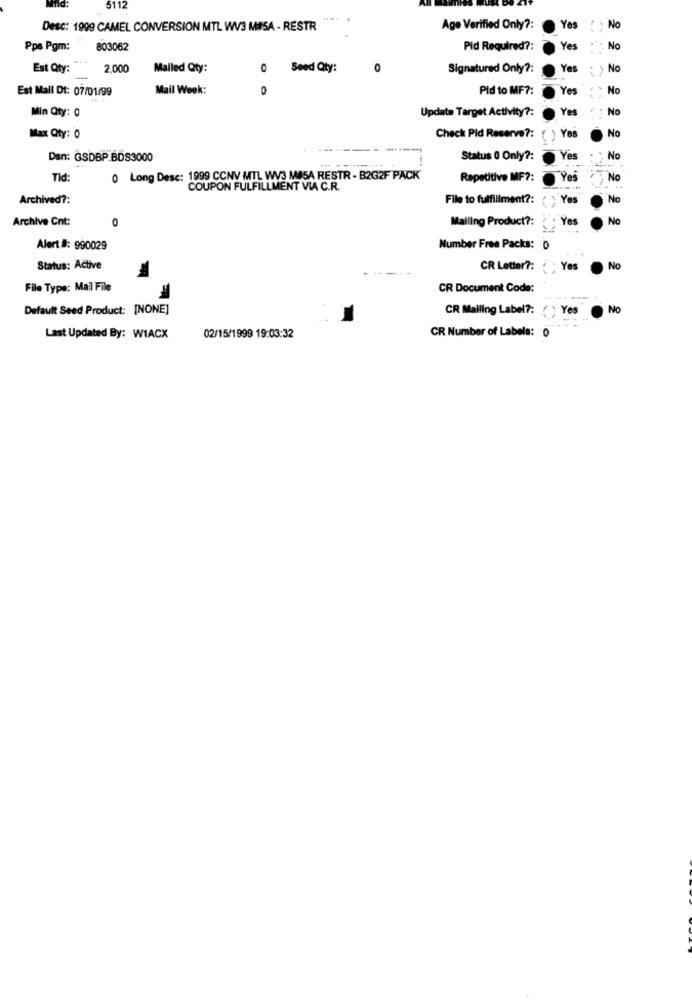
5112
Desc: 1999 CAMEL CONVERSION MTL WV3 MISA - RESTR
Age Verified Only ?:
Yes
No
Pps Pgm:
803062
Pid Required ?:
Yes
No
Est Qty:
2.000
Malled Qty:
0
Seed Qty:
0
Signatured Only ?:
Yes
No
-
Est Mall Dt: 07/01/99
Mail Week:
0
Pid to MF ?:
Yes
No
Min Qty: 0
Update Target Activity ?:
No
No
Max Qty: 0
Check Pid Reserve ?: ( ) Yes
Den: GSDBP BDS3000
Status Q Only ?:
Yes
No
Tid:
0 Long Desc: 1999 CCNV MTL WV3 M85A RESTR - B2G2F PACK
Repetitive MF ?:
No
COUPON FULFILLMENT VIA C.R.
Archived ?:
File to fulfillment ?:
( Yes
No
Archive Cnt:
0
Mailing Product ?:
Yes
No
Alert #: 990029
Number Free Packs: 0
Status: Active
CR Letter ?: ( Yes
No
File Type: Mail File
CR Document Code:
Default Seed Product: [NONE]
CR Mailing Label ?: ( ) Yes
No
Last Updated By: WIACX
02/15/1999 19:03:32
CR Number of Labels: 0